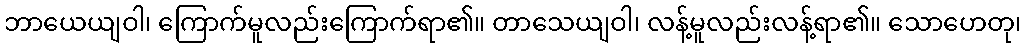
ဘာယေယျဝါ၊ ကြောက်မူလည်းကြောက်ရာ၏။ တာသေယျဝါ၊ လန့်မူလည်းလန့်ရာ၏။ သောဟေတု၊